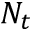
N _ { t }